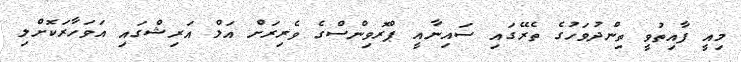
މިއީ ފާއިތުވީ ތިންދުވަހުގެ ތެރޭގައި ސައިނާއީ ޕްރޮވިންސްގެ ވެރިރަށް އަލް އަރިޝްގައި އަވަހާރަކޮށްލި